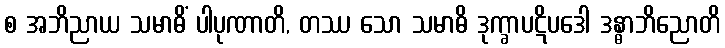
စ အဘိညာယ သမာဓိံ ပါပုဏာတိ, တဿ သော သမာဓိ ဒုက္ခာပဋိပဒေါ ဒန္ဓာဘိညောတိ